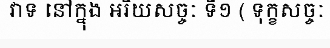
វាទ នៅក្នុង អរិយសច្ចៈ ទី១ ( ទុក្ខសច្ចៈ